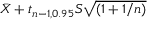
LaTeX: { \bar { X } } + t _ { n - 1 , 0 . 9 5 } S { \sqrt { \left( 1 + 1 / n \right) } }